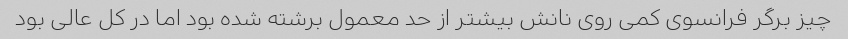
چیز برگر فرانسوی کمی روی نانش بیشتر از حد معمول برشته شده بود اما در کل عالی بود